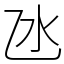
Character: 氹